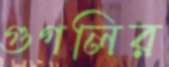
গুগলির